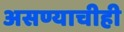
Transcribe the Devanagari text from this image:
असण्याचीही